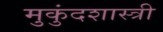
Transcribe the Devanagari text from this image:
मुुकुंदशास्त्री